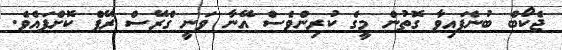
ޖެކޯބް ބުނެފައިވާ ގޮތުން މީގެ ކުރިންވެސް އޭނާ ވަނީ ގްރޭސް ރޭޕް ކޮށްފައެވެ.